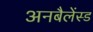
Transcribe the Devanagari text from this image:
अनबैलेंस्ड